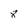
Character: 8